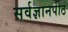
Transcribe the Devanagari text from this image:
सर्वज्ञानपीठ